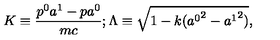
K \equiv \frac { p ^ { 0 } a ^ { 1 } - p a ^ { 0 } } { m c } ; \Lambda \equiv \sqrt { 1 - k ( { a ^ { 0 } } ^ { 2 } - { a ^ { 1 } } ^ { 2 } ) } ,